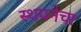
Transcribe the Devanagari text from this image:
स्थपनेचा